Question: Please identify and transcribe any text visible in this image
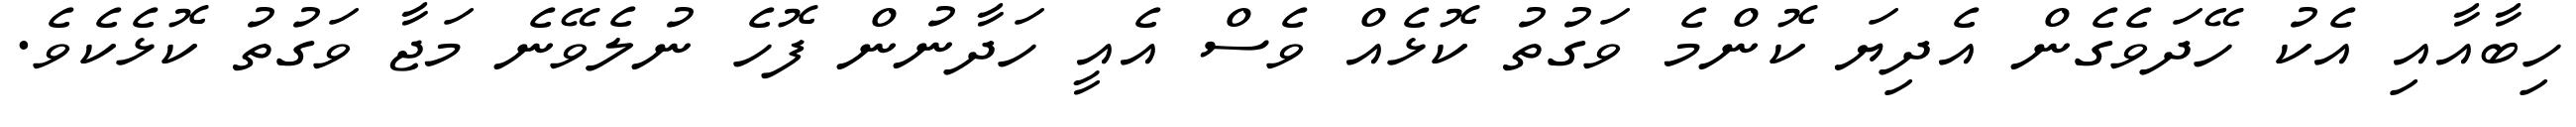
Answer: ހިބާއާއި އެކު ހޭދަވެގެން އެދިޔަ ކޮންމެ ވަގުތު ކޮޅެއް ވެސް އެއީ ހަދާނުން ފޮހެ ނުލެވޭނެ މަޖާ ވަގުތު ކޮޅެކެވެ.